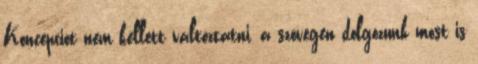
Koncepciót nem kellett változtatni, a szövegen dolgozunk most is